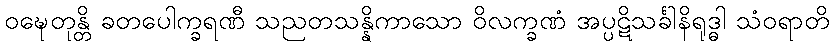
ဝဍ္ဎေတုန္တိ ခတပေါက္ခရဏီ သညတသန္နိကာသော ဝိလက္ခဏံ အပ္ပဋိသင်္ခါနိရုဒ္ဓါ သံဝရာတိ